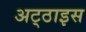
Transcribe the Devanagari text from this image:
अट्‌ठाइस